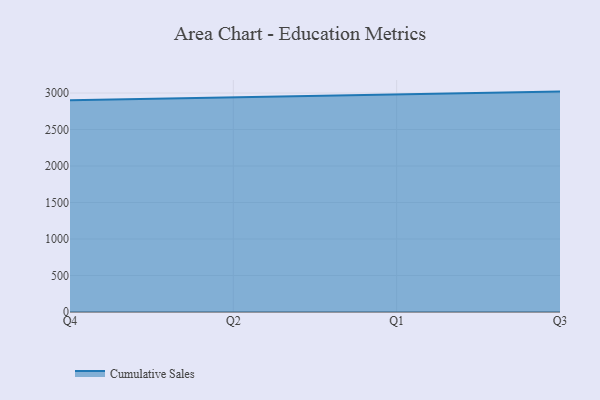
{"axis": {"x": "Quarter", "y": "Revenue (USD Million)"}, "legend": ["Cumulative Sales"], "data": [{"x": "Q4", "y": 2901.1, "type": "Cumulative Sales"}, {"x": "Q2", "y": 2942.1, "type": "Cumulative Sales"}, {"x": "Q1", "y": 2974.8, "type": "Cumulative Sales"}, {"x": "Q3", "y": 3019.5, "type": "Cumulative Sales"}]}